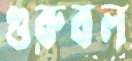
গুরুবল